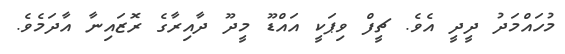
މުހައްމަދު ދީދީ އެވެ. ޗީފް ވިޕަކީ އައްޑޫ މީދޫ ދާއިރާގެ ރޮޒައިނާ އާދަމެވެ.